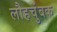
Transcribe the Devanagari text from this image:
लौहचुंबक